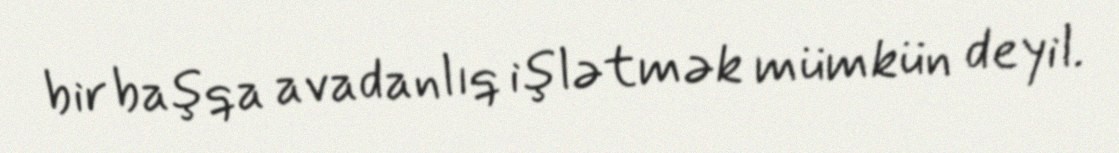
bir başqa avadanlıq işlətmək mümkün deyil.